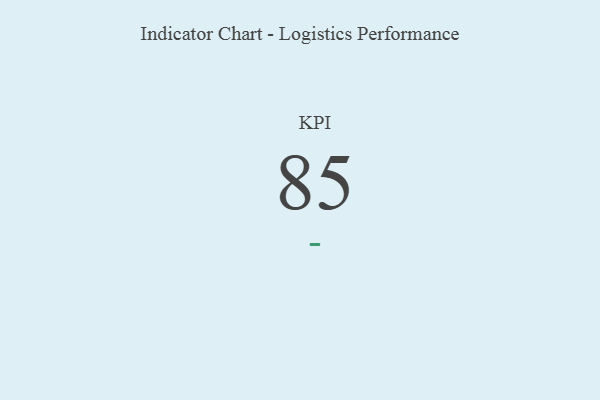
{"axis": {"x": "KPI", "y": "Value"}, "legend": [""], "data": [{"x": "KPI", "y": 85, "type": ""}]}